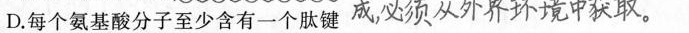
D.每个氨基酸分子至少含有一个肽键